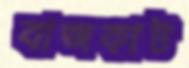
বাজকাট